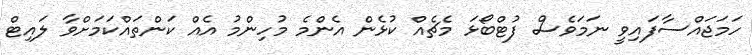
ހަމަޖައްސާފައިވީ ނަމަވެސް ފުޓްބޯޅަ މެޗެއް ކުޅެން އެންމެ މުހިންމު އެއް ކަންތައްކަމަށްވާ ލައިޓް